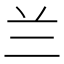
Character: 兰